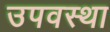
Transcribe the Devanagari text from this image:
उपवस्था